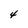
Character: 4